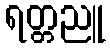
ရတ္တညူ